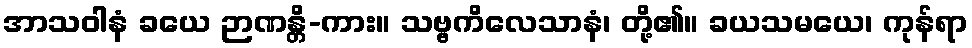
အာသဝါနံ ခယေ ဉာဏန္တိ-ကား။ သဗ္ဗကိလေသာနံ၊ တို့၏။ ခယသမယေ၊ ကုန်ရာ